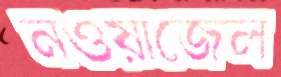
নওয়াজেল